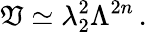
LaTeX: \mathfrak{V}\simeq\lambda_{2}^{2}\Lambda^{2n}\, .